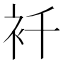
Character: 𧘜